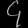
Digit: ၄